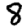
Digit: 8